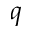
q